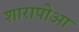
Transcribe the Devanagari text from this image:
शारापोआ